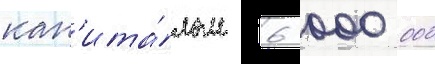
кап'ита́лом 6 000 000